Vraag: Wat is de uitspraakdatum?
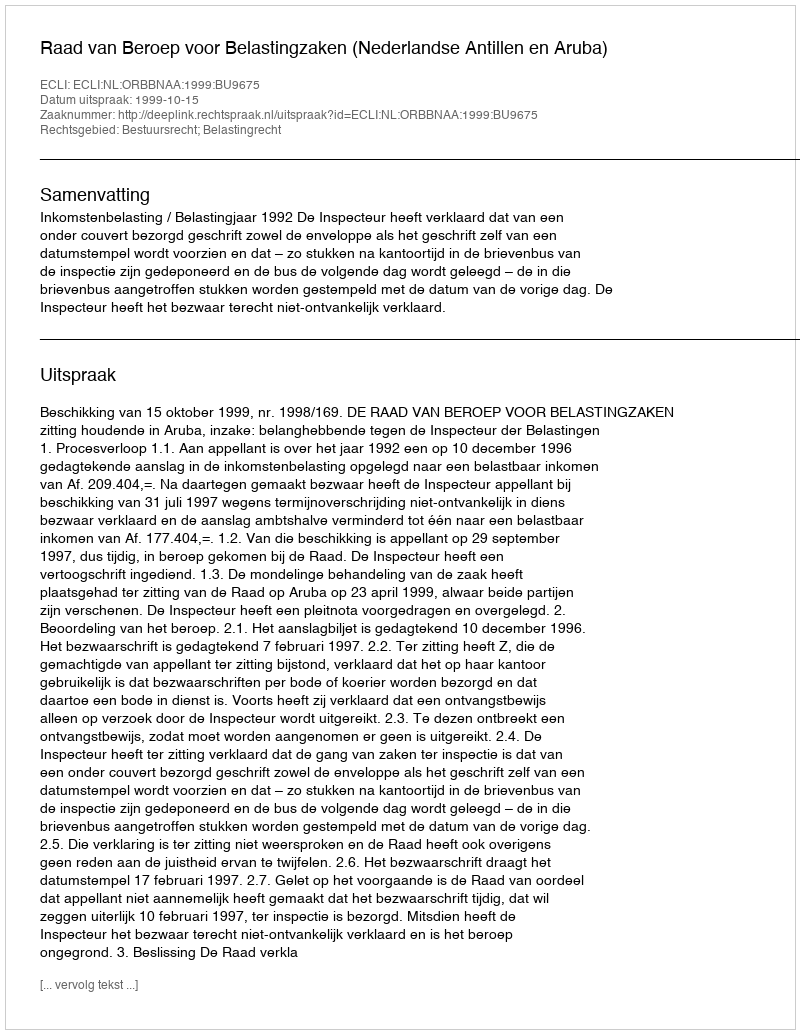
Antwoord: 1999-10-15